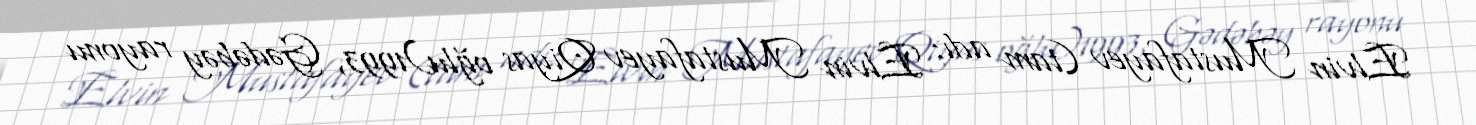
Elvin Mustafayev (tam adı: Elvin Mustafayev Qiyas oğlu)1993, Gədəbəy rayonu